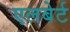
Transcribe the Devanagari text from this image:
एलबेर्ट